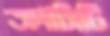
অপাসিটি